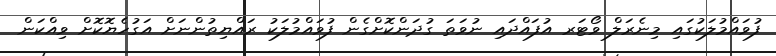
ފުވައްމުލަކުގައި މިނެރަލް ވޯޓަރ އުފައްދައި ނުވަތަ ގުދަންކޮށްގެން ފުވައްމުލަކު ރައްޔިތުންނަށް އަގުހެޔޮކޮށް ވިއްކަން